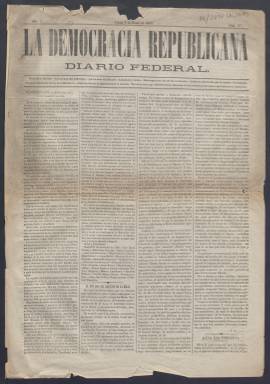
Título: La Democracia republicana
Colección: Periódicos
Ámbito geográfico: Madrid
Lugar de publicación: Madrid
Fechas: 04/01/1869-04/01/1869